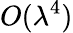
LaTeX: {O}(\lambda^{4})